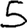
Digit: 5